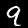
Digit: 9